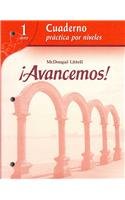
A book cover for ?Avancemos!: Cuaderno: Practica por niveles (Student Workbook) with Review Bookmarks Level 1 (Spanish Edition); MCDOUGAL LITTEL; Teen & Young Adult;